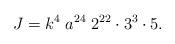
LaTeX: \begin{align*}J= k^4\; a^{24}\; 2^{22}\cdot 3^3 \cdot 5.\end{align*}